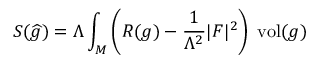
S ( { \widehat { g } } ) = \Lambda \int _ { M } \left( R ( g ) - { \frac { 1 } { \Lambda ^ { 2 } } } \vert F \vert ^ { 2 } \right) \; { \mathrm { v o l } } ( g )